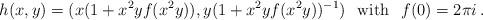
LaTeX: \begin{align*}h(x,y) = (x(1 + x^2y f(x^2y)), y(1 + x^2y f(x^2y))^{-1}) \; \; \, {\rm with} \; \; \, f(0) =2\pi i \, .\end{align*}